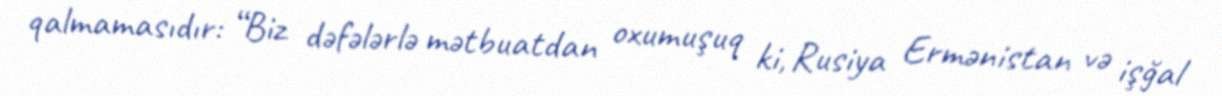
qalmamasıdır: “Biz dəfələrlə mətbuatdan oxumuşuq ki, Rusiya Ermənistan və işğal